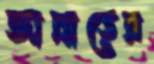
জান্নাতের